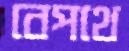
বেপথে